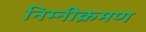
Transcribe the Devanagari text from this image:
निम्नीक्रमण